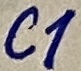
Text: C1